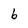
Character: b